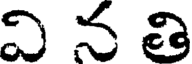
వి న తి